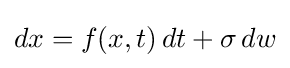
dx=f(x,t)\,dt+\sigma \,dw